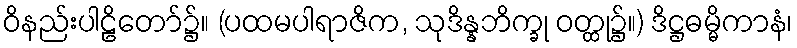
ဝိနည်းပါဠိတော်၌။ (ပထမပါရာဇိက, သုဒိန္နဘိက္ခု ဝတ္ထု၌။) ဒိဋ္ဌဓမ္မိကာနံ၊